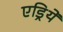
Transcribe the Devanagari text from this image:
एड्रियें